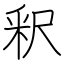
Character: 釈